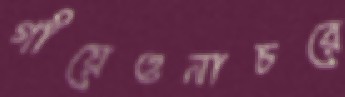
গাঁয়েওনাচরে